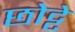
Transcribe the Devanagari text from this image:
छोट्टे